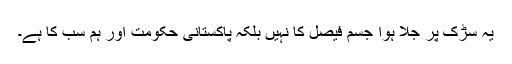
یہ سڑک پر جلا ہوا جسم فیصل کا نہیں بلکہ پاکستانی حکومت اور ہم سب کا ہے۔